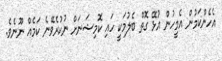
އެހެންކަމުން އެމީހުން އުޅޭ ގޮތް ބެލުމަކީ ހައި ކޮމިޝަނަށް ނުކުރެވޭނެ ކަމެއް ނޫނެވެ.